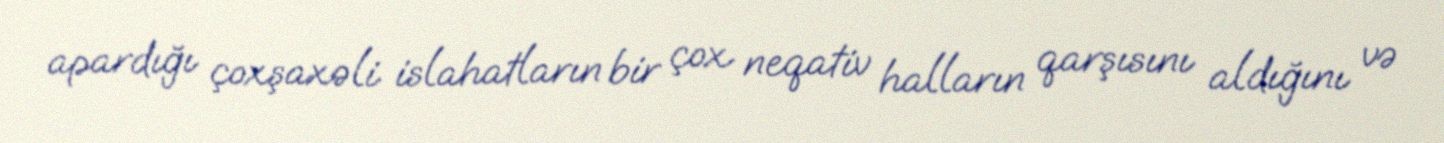
apardığı çoxşaxəli islahatların bir çox neqativ halların qarşısını aldığını və